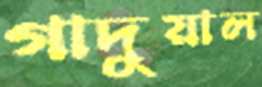
গাদুয়াল